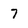
Character: 7